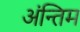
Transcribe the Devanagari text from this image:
अंन्तिम